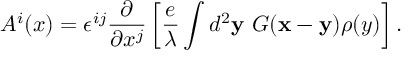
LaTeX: A ^ { i } ( x ) = \epsilon ^ { i j } \frac { \partial } { \partial x ^ { j } } \left[ \frac { e } { \lambda } \int d ^ { 2 } { \bf y } ~ G ( { \bf x } - { \bf y } ) \rho ( y ) \right] .